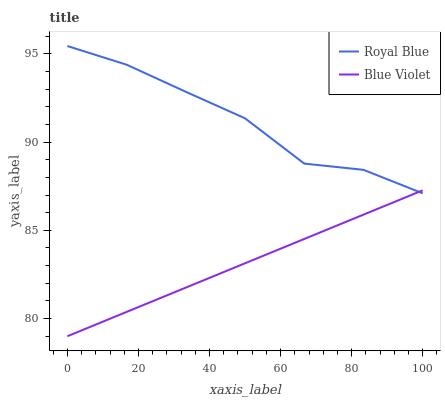
| xaxis_label | Royal Blue | Blue Violet |
 | --- | --- | --- |
 | 0 | 95.4 | 79 |
 | 16.7 | 94.4 | 80.4 |
 | 33.3 | 92.8 | 81.8 |
 | 50 | 91.3 | 83.1 |
 | 66.7 | 88.8 | 84.5 |
 | 83.3 | 88.4 | 85.9 |
 | 100 | 87.1 | 87.3 |